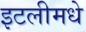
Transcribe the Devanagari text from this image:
इटलीमधे